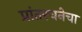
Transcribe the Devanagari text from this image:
प्रांतरचनेचा